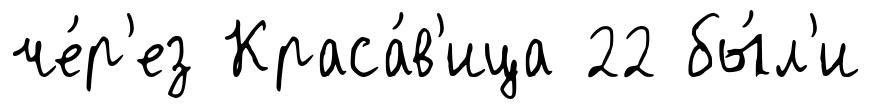
че́р'ез Краса́в'ица 22 бы́л'и